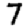
Digit: 7